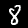
Digit: 8